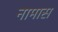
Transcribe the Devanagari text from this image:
नामास